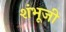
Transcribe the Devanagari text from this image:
शंभूजी